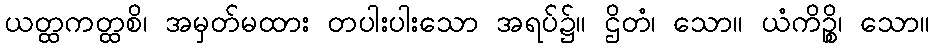
ယတ္ထကတ္ထစိ၊ အမှတ်မထား တပါးပါးသော အရပ်၌။ ဌိတံ၊ သော။ ယံကိဉ္စိ၊ သော။